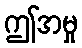
ဤအမှု